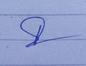
Signature authenticity: genuine